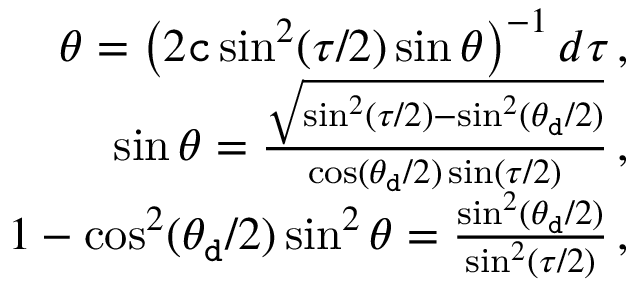
\begin{array} { r } { \d \theta = \left( 2 { \tt c } \sin ^ { 2 } ( \tau / 2 ) \sin \theta \right) ^ { - 1 } d \tau \, , } \\ { \sin \theta = \frac { \sqrt { \sin ^ { 2 } ( \tau / 2 ) - \sin ^ { 2 } ( \theta _ { \tt d } / 2 ) } } { \cos ( \theta _ { \tt d } / 2 ) \sin ( \tau / 2 ) } \, , } \\ { 1 - \cos ^ { 2 } ( \theta _ { \tt d } / 2 ) \sin ^ { 2 } \theta = \frac { \sin ^ { 2 } ( \theta _ { \tt d } / 2 ) } { \sin ^ { 2 } ( \tau / 2 ) } \, , } \end{array}